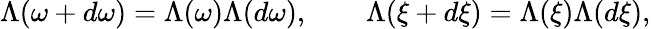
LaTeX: \Lambda(\omega+d\omega)=\Lambda(\omega)\Lambda(d\omega),\qquad\Lambda(\xi+d\xi)=\Lambda(\xi)\Lambda(d\xi),